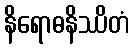
နိရောဓနိဿိတံ